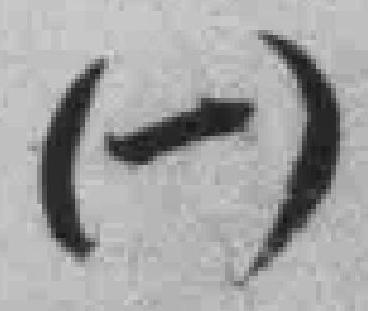
(一)